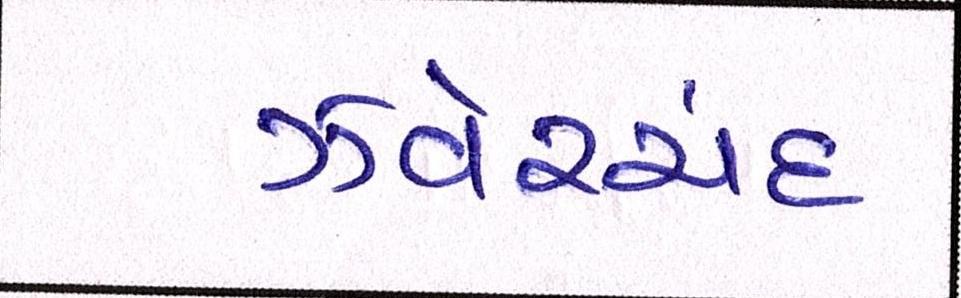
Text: ઝવેરચંદ